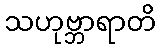
သဟုဗ္ဘာရာတိ